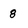
Character: 8